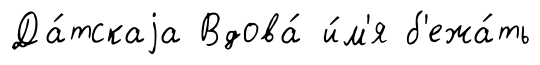
Да́тскаjа Вдова́ и́м'я б'ежа́ть